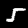
Label: 5